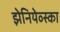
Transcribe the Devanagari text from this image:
झेनियेव्स्का